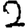
Digit: 2